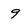
Character: 9